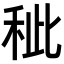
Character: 𥞅